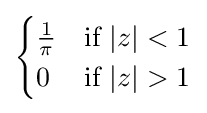
{\begin{cases}{\frac {1}{\pi }}&{\text{if }}|z|<1\\0&{\text{if }}|z|>1\end{cases}}